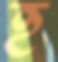
হ